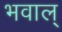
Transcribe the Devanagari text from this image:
भवाल्